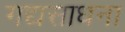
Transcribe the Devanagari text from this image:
गद्यसाधना